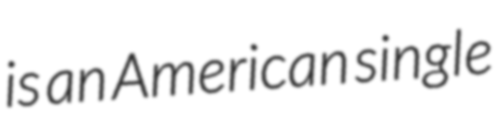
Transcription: is an American single